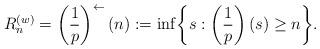
LaTeX: \begin{align*} R_n^{(w)} = \left(\frac{1}{p}\right)^{\leftarrow} (n) := \inf \biggl\{ s: \left( \frac{1}{p} \right)(s) \geq n \biggr\}.\end{align*}